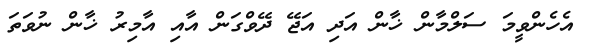
އެހެންވީމަ ސަލްމާން ޚާން އަދި އަޖޭ ދޭވްގަން އާއި އާމިރު ޚާން ނުވަތަ